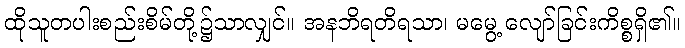
ထိုသူတပါးစည်းစိမ်တို့၌သာလျှင်။ အနဘိရတိရသာ၊ မမွေ့ လျော်ခြင်းကိစ္စရှိ၏။